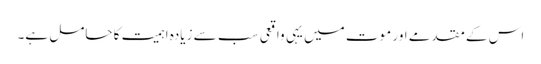
اس کے مقدمے اور موت میں یہی واقعی سب سے زیادہ اہمیت کا حامل ہے۔